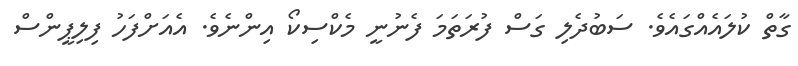
ގާތް ކުލައެއްގައެވެ. ސަބުދެލި ގަސް ފުރަތަމަ ފެނުނީ މެކްސިކޯ އިންނެވެ. އެއަށްފަހު ފިލިޕީންސް